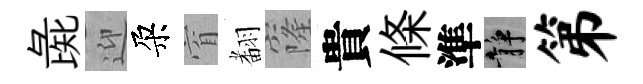
彘迎朶窅𮋒窿貴條準静第